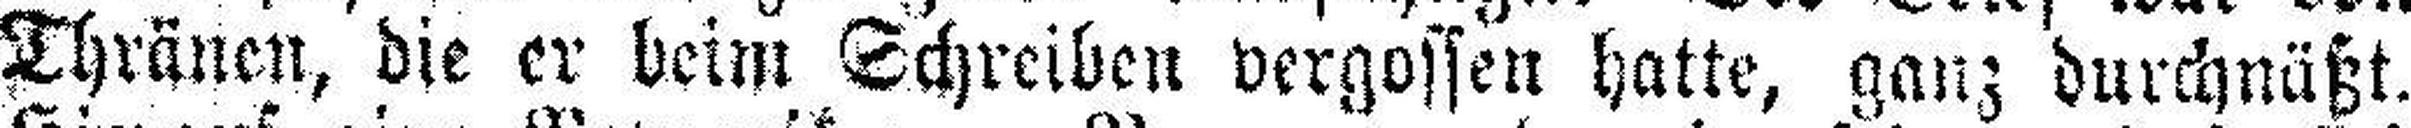
Thränen, die er beim Schreiben vergossen hatte, ganz durchnäßt.